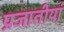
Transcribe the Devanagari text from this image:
प्रजातीयां